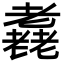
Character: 𦓈